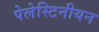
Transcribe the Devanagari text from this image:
पेलेस्टिनीयन